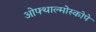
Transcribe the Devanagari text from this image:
ओफ्थाल्मोस्कोपे